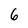
Character: 6